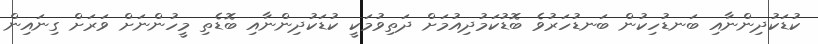
ކުޑަކުދިންނާއި ބަނޑުހިކުން ބަނޑުހަރުވެ ބޮޑުކަމުދިއުމަށް ދަތިވުމަކީ ކުޑަކުދިންނާއި ބޮޑެތި މީހުންނަށް ވަރަށް ގިނައިން